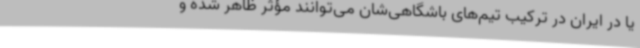
یا در ایران در ترکیب تیم‌های باشگاهی‌شان می‌توانند مؤثر ظاهر شده و